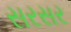
સરસર